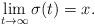
LaTeX: \begin{align*}\lim_{t \rightarrow \infty} \sigma(t) = x.\end{align*}